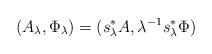
LaTeX: \begin{align*}(A_{\lambda} , \Phi_{\lambda}) = (s_{\lambda}^* A , {\lambda}^{-1} s_{\lambda}^* \Phi) \end{align*}